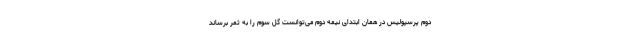
دوم پرسپولیس در همان ابتدای نیمه دوم می‌توانست گل سوم را به ثمر برساند